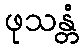
ဖုသန္တံ